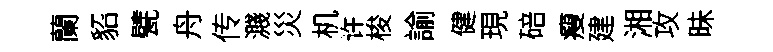
蘭貂甓舟传濺災机许梭諭健現碚瘦建湘攻昧